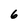
Character: 6